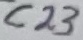
Text: C23